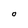
Character: O